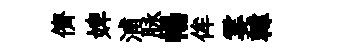
儕婢浦脉暢侔霎韓